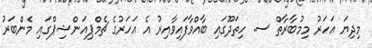
މިދިޔަ އަހަރު މިމުބާރާތް ސ. ހިތަދޫގައި ބާއްވާފައިވާއިރު އެ އަހަރުގެ ޗެމްޕިއަންޝިޕްގައި މެންބަރު